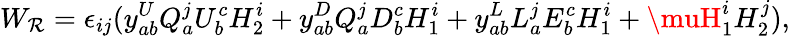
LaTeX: W_{\mathcal{R}}=\epsilon_{ij}(y_{ab}^{U}Q_{a}^{j}U_{b}^{c}H_{2}^{i}+y_{ab}^{D}Q_{a}^{j}D_{b}^{c}H_{1}^{i}+y_{ab}^{L}L_{a}^{j}E_{b}^{c}H_{1}^{i}+\muH_{1}^{i}H_{2}^{j}),